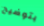
بتوضيح